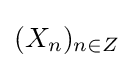
(X_{n})_{n\in Z}